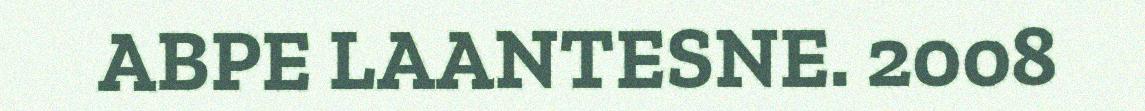
ABPE LAANTESNE. 2008